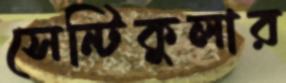
সেন্টিকুলার